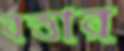
বত্তার